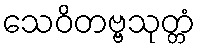
သေဝိတဗ္ဗသုတ္တံ